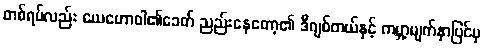
တစ်ရပ်လည်း ယေဟောဝါ၏ခေတ် ညည်းနေတော့၏ ဒီဂျစ်တယ်နှင့် ကမ္ဘာ့မျက်နှာပြင်မှ